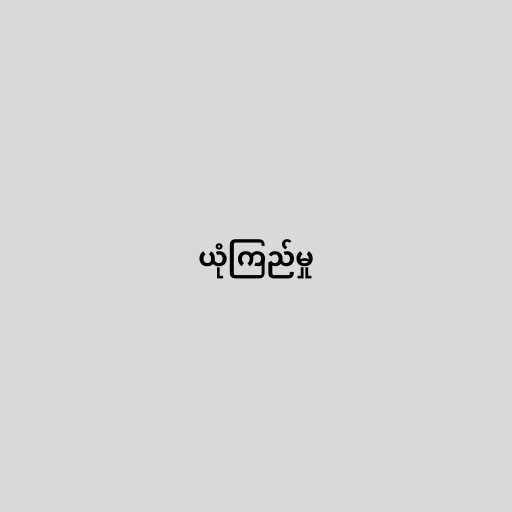
ယုံကြည်မှု